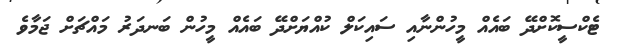
ޓެކްސީކޮށްދޭ ބައެއް މީހުންނާއި ސައިކަލް ކުއްޔަށްދޭ ބައެއް މީހުން ބަނދަރު މައްޗަށް ޖަމާވެ